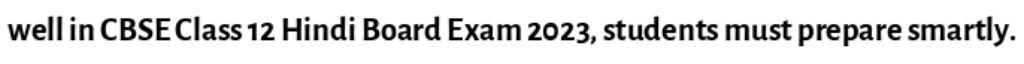
well in CBSE Class 12 Hindi Board Exam 2023, students must prepare smartly.